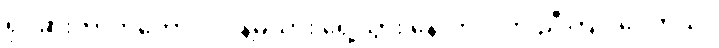
ရုပ်ဆိုးတာကတော့ လင်နဲ့မယား ရှေ့သွား နောက်လိုက် ညီကြပါပေတယ်။